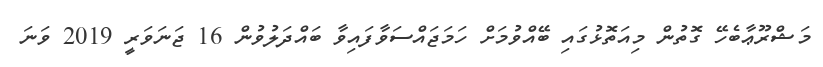
މަޝްރޫޢާބެހޭ ގޮތުން މިއަތޮޅުގައި ބޭއްވުމަށް ހަމަޖައްސަވާފައިވާ ބައްދަލުވުން 16 ޖަނަވަރީ 2019 ވަނަ